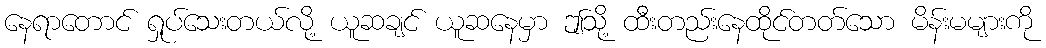
နေရာတောင် ရှုပ်သေးတယ်လို့ ယူဆချင် ယူဆနေမှာ ဤသို့ ထီးတည်းနေထိုင်တတ်သော မိန်းမများကို